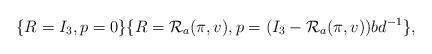
LaTeX: \begin{align*}&\{R = I_3, p=0\} \{R = \mathcal{R}_a(\pi,v), p =(I_3 - \mathcal{R}_{a}(\pi, v))bd^{-1}\},\end{align*}